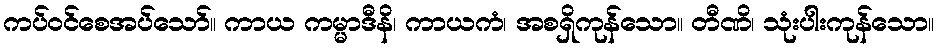
ကပ်ဝင်စေအပ်သော်။ ကာယ ကမ္မာဒီနိ၊ ကာယကံ၊ အစရှိကုန်သော။ တီဏိ၊ သုံးပါးကုန်သော။